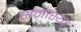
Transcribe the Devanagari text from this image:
समास्या